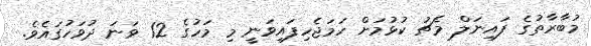
މުބާރާތުގެ ފައިނަލް މެޗު ކުޅުމަށް ހަމަޖެހިފައިވަނީ މި މަހުގެ 12 ވަނަ ދުވަހުގައެވެ.